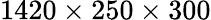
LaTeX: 1420\times 250\times 300